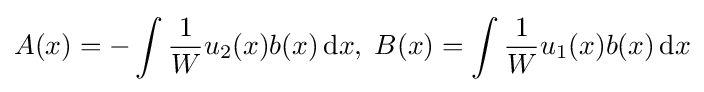
A(x)=-\int {1 \over W}u_{2}(x)b(x)\,\mathrm {d} x,\;B(x)=\int {1 \over W}u_{1}(x)b(x)\,\mathrm {d} x